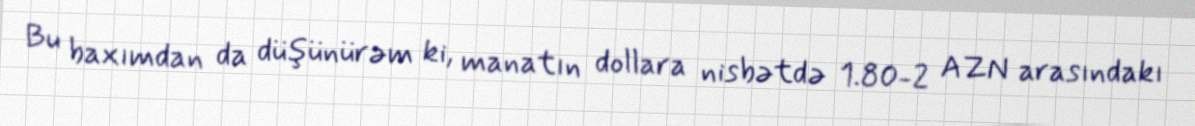
Bu baxımdan da düşünürəm ki, manatın dollara nisbətdə 1.80-2 AZN arasındakı